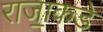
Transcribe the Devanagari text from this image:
राजा॒कडे